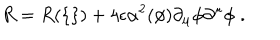
LaTeX: R = R ( \{ \} ) + 4 \epsilon \alpha ^ { 2 } ( \phi ) \partial _ { \mu } \phi \partial ^ { \mu } \phi \; .